画像に写った文字を読んでください
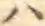
「ハ」と書いてあります